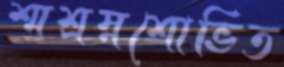
শ্মশ্রম্নশোভিত